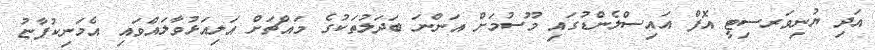
އަދި ޔުނިވަރސިޓީ އޮފް އައިސްލެންޑުގައި މޫސުމަށް އަންނަ ބަދަލުތަކުގެ މައްޗަށް އަލިއަޅުވާލައްވައި އެމަނިކުފާޏު